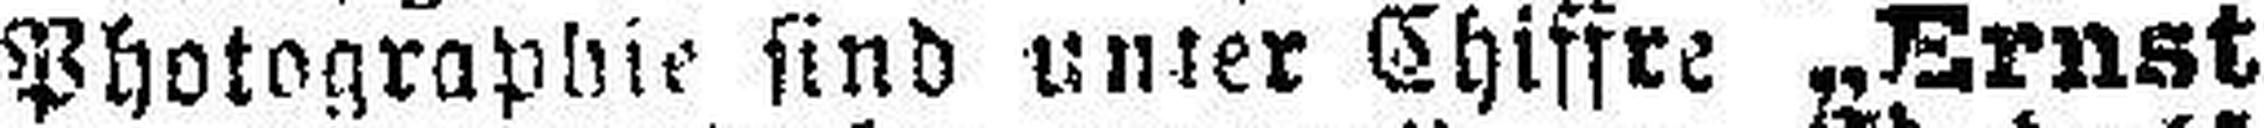
Photographie sind unter Chiffre „Ernst